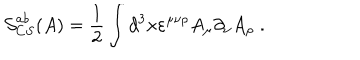
\mathcal { S } _ { C S } ^ { a b } ( A ) = \frac 1 2 \int d ^ { 3 } x \varepsilon ^ { \mu \nu \rho } A _ { \mu } \partial _ { \nu } A _ { \rho } \; .